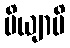
မိယျာမိ